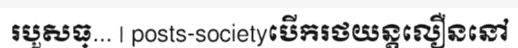
របួសធ្... | posts-societyបើករថយន្តលឿននៅ